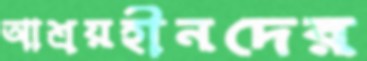
আশ্রয়হীনদের